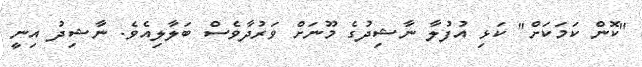
"ކޮން ކަމަކަށް" ކަޅި އުފުލާ ނާޝިދުގެ މޫނަށް ވަރުދާވެސް ބަލާލިއެވެ. ނާޝިދު އިނީ